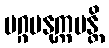
မဂ္ဂမနုက္ကမန္တိ